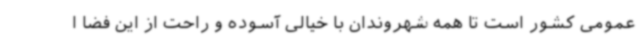
عمومی کشور است تا همه شهروندان با خیالی آسوده و راحت از این فضا ا